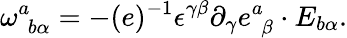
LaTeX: \omega_{\, \, b\alpha}^{a}=-(e)^{-1}\epsilon^{\gamma\beta}\partial_{\gamma}e_{\, \, \beta}^{a}\cdot E_{b\alpha}.